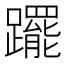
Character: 𨇑